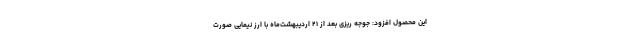
این محصول افزود: جوجه ریزی بعد از ۲۱ اردیبهشت‌ماه با ارز نیمایی صورت